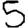
Digit: 5